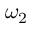
\omega _ { 2 }